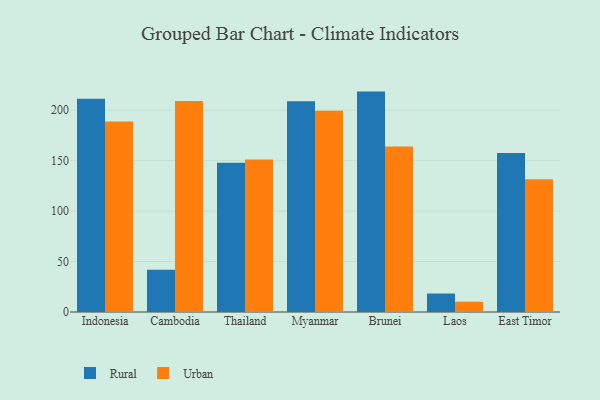
{"axis": {"x": "Country", "y": "Satisfaction Score"}, "legend": ["Rural", "Urban"], "data": [{"x": "Indonesia", "y": 211.2, "type": "Rural"}, {"x": "Indonesia", "y": 188.8, "type": "Urban"}, {"x": "Cambodia", "y": 41.8, "type": "Rural"}, {"x": "Cambodia", "y": 209.1, "type": "Urban"}, {"x": "Thailand", "y": 147.8, "type": "Rural"}, {"x": "Thailand", "y": 151.1, "type": "Urban"}, {"x": "Myanmar", "y": 208.7, "type": "Rural"}, {"x": "Myanmar", "y": 199.3, "type": "Urban"}, {"x": "Brunei", "y": 218.3, "type": "Rural"}, {"x": "Brunei", "y": 163.9, "type": "Urban"}, {"x": "Laos", "y": 18.3, "type": "Rural"}, {"x": "Laos", "y": 10.2, "type": "Urban"}, {"x": "East Timor", "y": 157.4, "type": "Rural"}, {"x": "East Timor", "y": 131.6, "type": "Urban"}]}